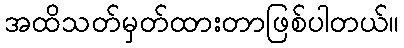
အထိသတ်မှတ်ထားတာဖြစ်ပါတယ်။